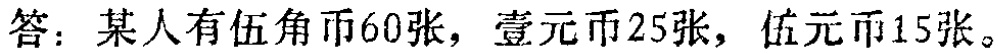
答：某人有伍角币60张，壹元币25张，伍元币15张。